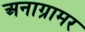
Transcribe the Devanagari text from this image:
अनाग्रामर